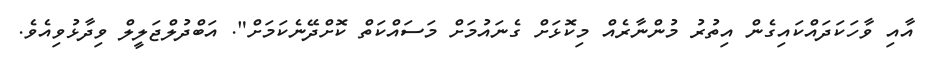
އާއި ވާހަކަދައްކައިގެން އިތުރު މުންނާރެއް މިކޮޅަށް ގެނައުމަށް މަސައްކަތް ކޮށްދޭނެކަމަށް". އަބްދުލްޖަލީލް ވިދާޅުވިއެވެ.